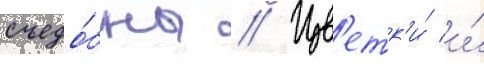
съедо́бны // Цв'етк'и́ и́